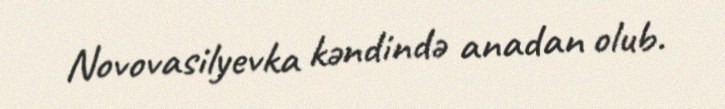
Novovasilyevka kəndində anadan olub.